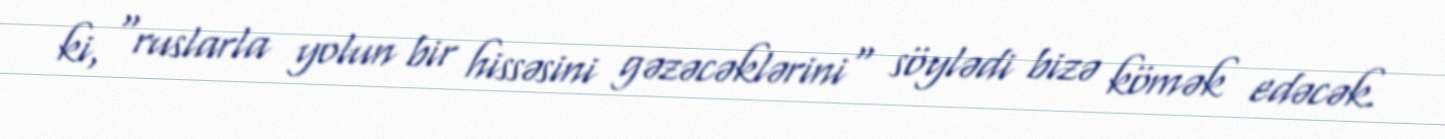
ki, "ruslarla yolun bir hissəsini gəzəcəklərini" söylədi bizə kömək edəcək.